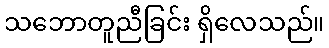
သဘောတူညီခြင်း ရှိလေသည်။